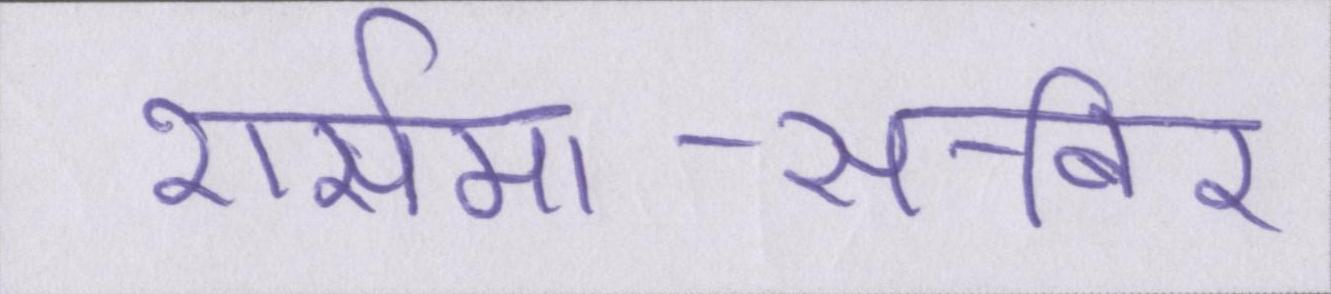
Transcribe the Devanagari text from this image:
शर्समा-साबिर